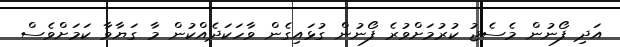
އަދި ފޯނުން މެސެޖު ކުރުމަށްވުރެ ފޯނުން ގުޅައިގެން ވާހަކަދެއްކުން މާ ގަޔާވާ ކަމަށްވެސް